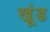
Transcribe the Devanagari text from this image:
खूंड